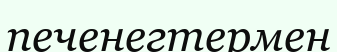
печенегтермен